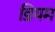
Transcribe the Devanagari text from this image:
डियम